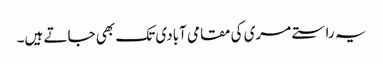
یہ راستے مری کی مقامی آبادی تک بھی جاتے ہیں۔